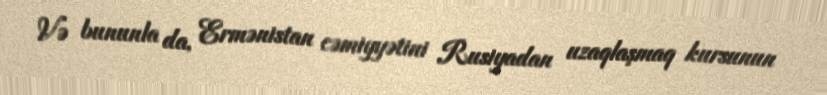
Və bununla da, Ermənistan cəmiyyətini Rusiyadan uzaqlaşmaq kursunun